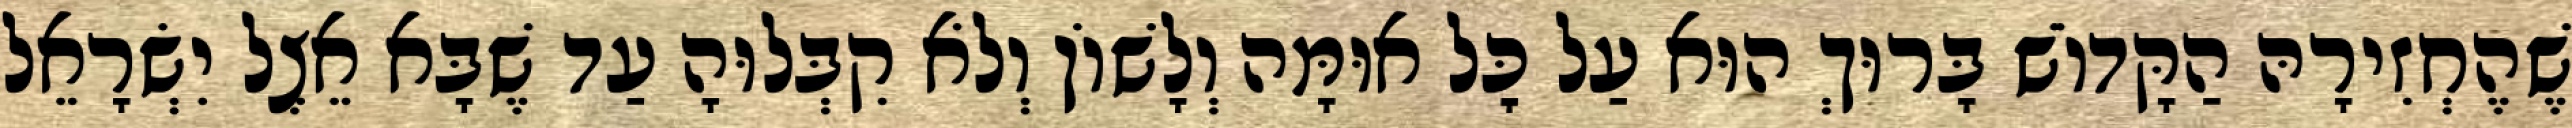
שֶׁהֶחְזִירָהּ הַקָּדוֹשׁ בָּרוּךְ הוּא עַל כׇּל אוּמָּה וְלָשׁוֹן וְלֹא קִבְּלוּהָ עַד שֶׁבָּא אֵצֶל יִשְׂרָאֵל